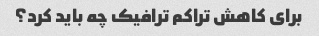
برای کاهش تراکم ترافیک چه باید کرد؟